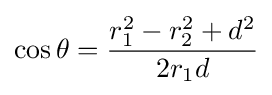
\cos \theta ={\frac {r_{1}^{2}-r_{2}^{2}+d^{2}}{2r_{1}d}}